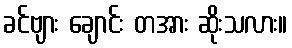
ခင်ဗျား ချောင်း တအား ဆိုးသလား။